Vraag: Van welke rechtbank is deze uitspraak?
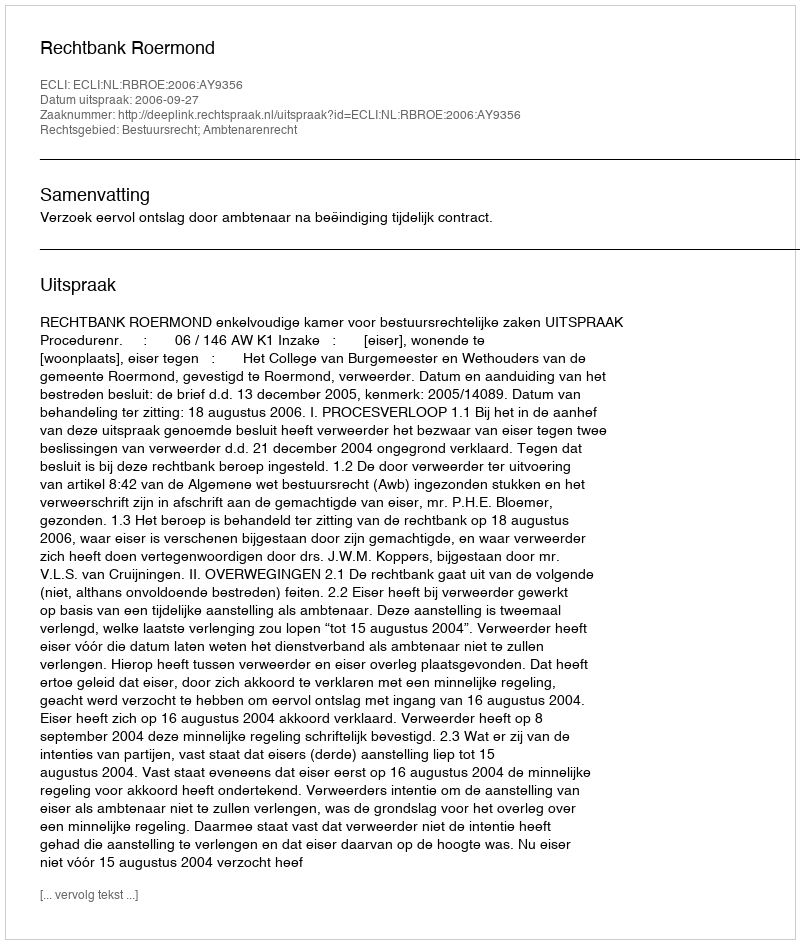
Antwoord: Rechtbank Roermond